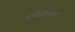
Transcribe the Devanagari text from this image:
भूमितितज्ज्ञ